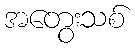
အတွေးသစ်